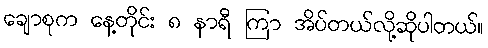
ချောစုက နေ့တိုင်း ၈ နာရီ ကြာ အိပ်တယ်လို့ဆိုပါတယ်။